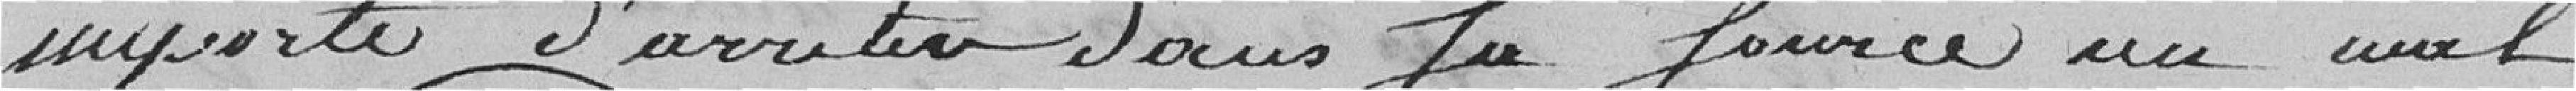
importe d'arrêter dans la source un mal